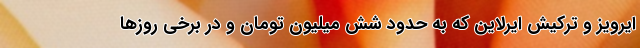
ایرویز و ترکیش ایرلاین که به حدود شش میلیون تومان و در برخی روزها